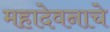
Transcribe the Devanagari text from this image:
महादेवनाचे